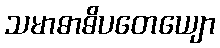
သမာဓာဓိပတေယျော